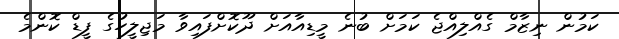
ކަމުން ނިޒާމް ގެއްލިއްޖެ ކަމަށް ބުނެ މީޑިއާއަށް ދޫކޮށްފައިވާ މަޖިލީހުގެ ފީޑް ކޮންމެ